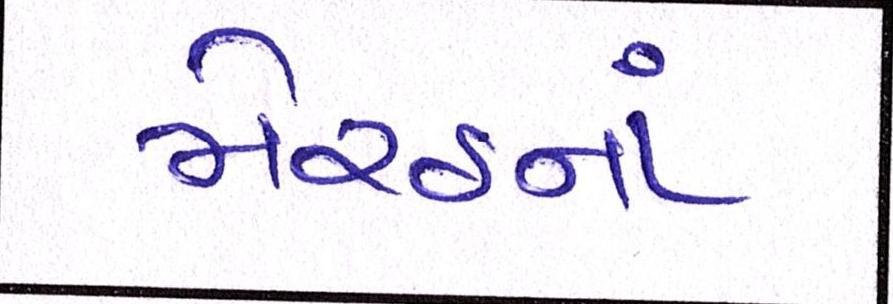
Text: મેરઠનાં